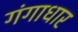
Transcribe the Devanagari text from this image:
गंगाधार